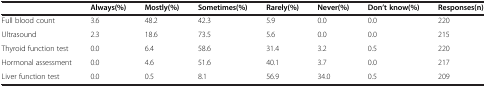
|  | Always(%) | Mostly(%) | Sometimes(%) | Rarely(%) | Never(%) | Don’t know(%) | Responses(n) |
 | --- | --- | --- | --- | --- | --- | --- | --- |
 | Full blood count | 3.6 | 48.2 | 42.3 | 5.9 | 0.0 | 0.0 | 220 |
 | Ultrasound | 2.3 | 18.6 | 73.5 | 5.6 | 0.0 | 0.0 | 215 |
 | Thyroid function test | 0.0 | 6.4 | 58.6 | 31.4 | 3.2 | 0.5 | 220 |
 | Hormonal assessment | 0.0 | 4.6 | 51.6 | 40.1 | 3.7 | 0.0 | 217 |
 | Liver function test | 0.0 | 0.5 | 8.1 | 56.9 | 34.0 | 0.5 | 209 |